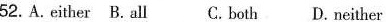
52. A. either B. all C.both D.neither